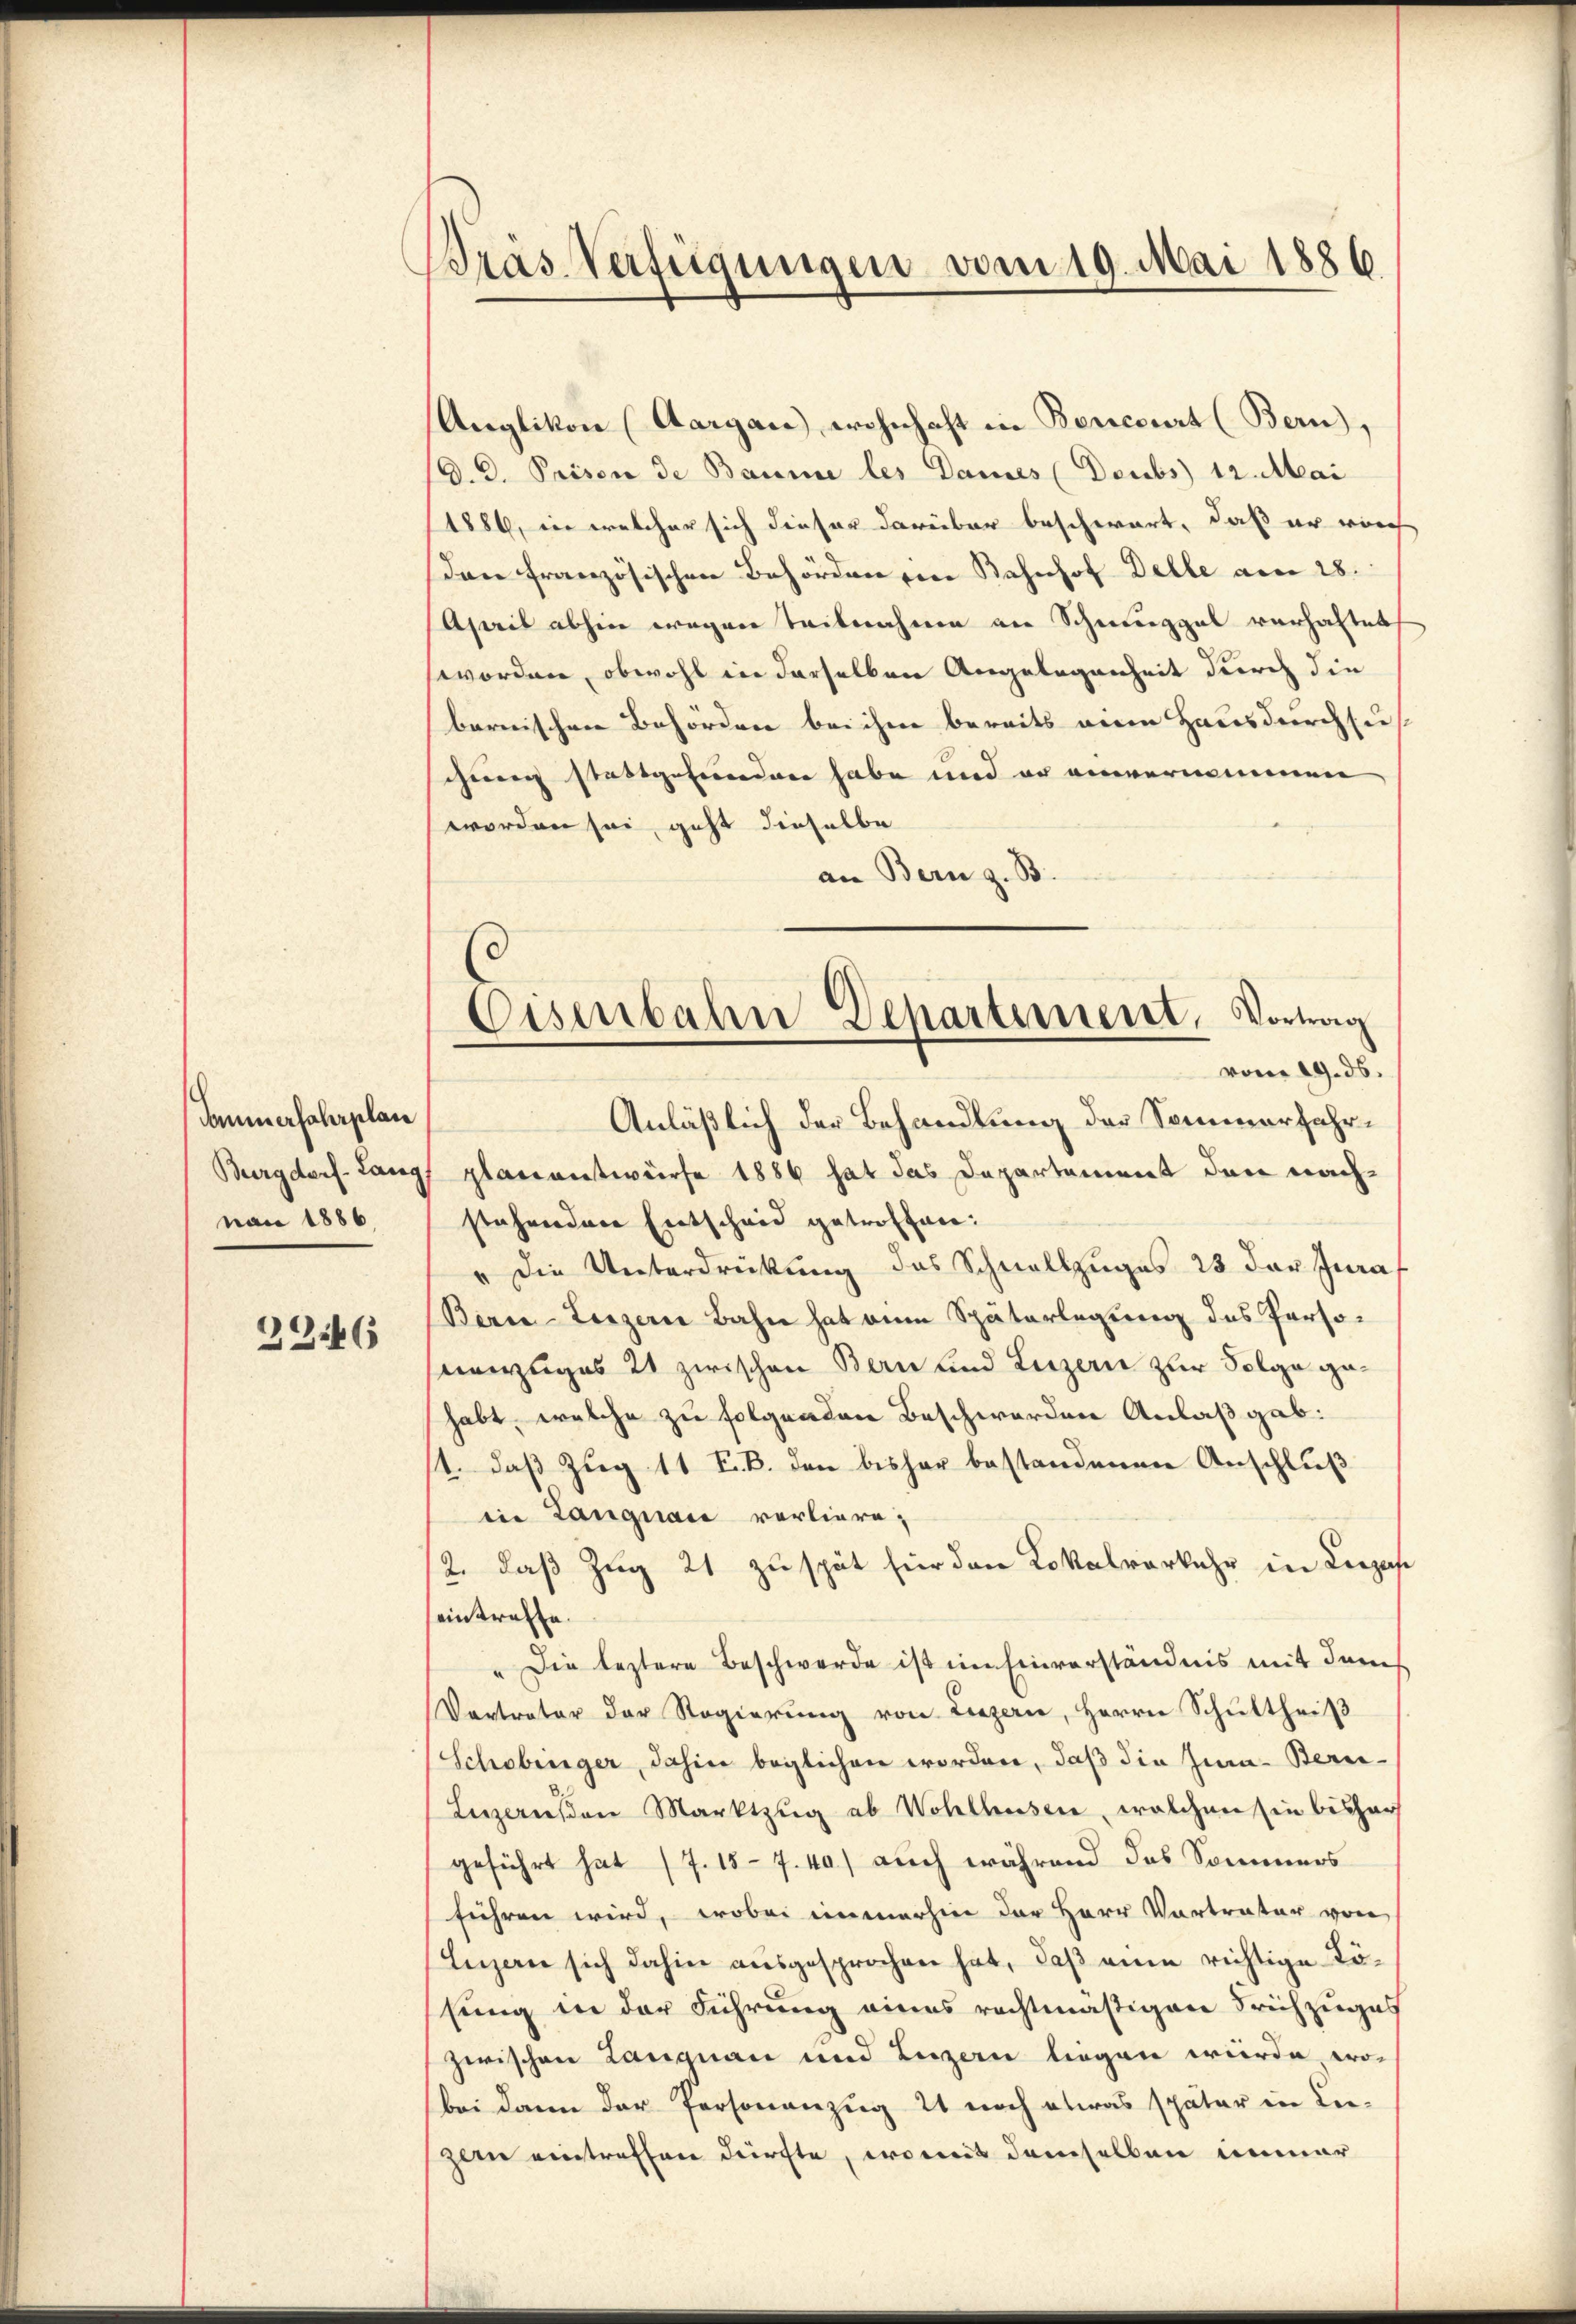
Sommerfahrplan
Burgdorf- Lang,
nai 1886

2246

Bräs Verfügungen vom 19. Mai 1886

Anglikon (Aargau, wohnhaft in Boncourt (Bern,
d. D. Prison de Baume les Dames (Deubs 12. Mai
1886, in welcher sich dieser darüber beschwart, daß er von
dan französischen Behördenten Bahnhof Delle am 28.
April abhin wegen Teilnahme an Schmuggal verhaltet
worden, obwohl in derselben Angelegenheit durch die
bernischen Behörden bei ihm bereits eine Hausdurchsu
chung stattgefunden habe und er einvernommen
worden sei, geht dieselbe
an Bern z. B.
Anläßlich der Behandlung der Sommerfahrplanentwürfe 1886 hat das Departement den nachstehenden Entscheid getroffen:
" die Unterdrückung des Schnellzuges 28 der Jura,
Berne-Luzern Bahn hat ein Späterlegung des Persomenzuges 21 zwischen Bern und Luzern zur Folge gehabt, welche zu folgenden Beschwerden Anlaß gab:
1. daß Zug 11 F. B. den bisher bestandenen Anschluß
in Langnare verliere;
2. daß Zug 21 zu spät hier den Lokalverkehr in Liza
eintreffe.
" Die leztere Beschwerde ist im Einverständnis mit dem
Vertreter der Regierung von Luzern, Herrn Schultheiß
Schobinger, dahin beglichen worden, daß die Jura-Berie-
Legensen Marktzŭg ab Wohlhusen, welchen in bishar
geführt hat (T.15 - 7.40) auch während das Sommers
führen wird, wobei immerhin der Herr Vortrater von
Luzern sich dahin ausgesprochen hat, daß eine richtige Löfung in der Führung eines rechtmäßigen Frühzuges
zwischen Langnaue und Luzern liegen würde, wo-
bei dann der Personanzug 21 noch etwas später in Le-
zwen eintraffen dürfte, womit demselben immer

Eisenbahn Departement, Vortrag
vom 19. ds.